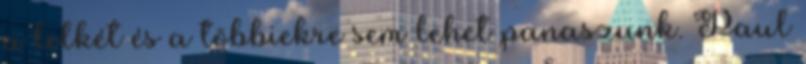
a lelkét és a többiekre sem lehet panaszunk. Paul